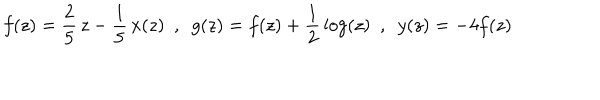
LaTeX: f ( z ) = \frac { 2 } { 5 } \, z - \frac { 1 } { 5 } \, x ( z ) ~ ~ , ~ ~ g ( z ) = f ( z ) + \frac { 1 } { 2 } \, \log ( z ) ~ ~ , ~ ~ y ( z ) = - 4 f ( z )